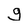
Character: g